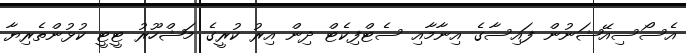
އެސޯސިއޭޝަނުން ފައިސާގެ އިނާމާއި ސެޓްފިކެޓް ދިން އިރު ކުރީގެ މަޝްހޫރު ޓީޓީ ކުޅުންތެރިޔާ